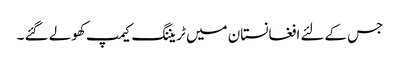
جس کےلئے افغانستان میں ٹریننگ کیمپ کھولے گئے ۔